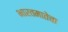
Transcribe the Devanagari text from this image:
भारतमातेचा